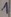
Text: 1